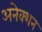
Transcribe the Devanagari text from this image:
अनेक्शन